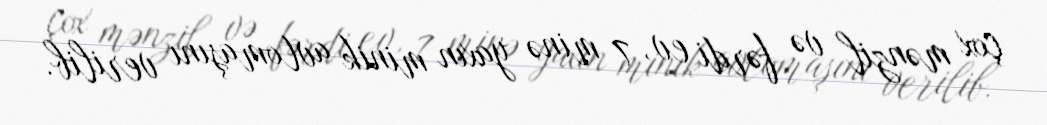
çox mənzil və fərdi ev, 7 minə yaxın minik avtomaşını verilib.